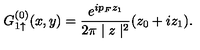
G _ { 1 \uparrow } ^ { ( 0 ) } ( x , y ) = \frac { e ^ { i p _ { F } z _ { 1 } } } { 2 \pi \mid z \mid ^ { 2 } } ( z _ { 0 } + i z _ { 1 } ) .